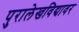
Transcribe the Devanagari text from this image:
पुरालेखविद्यावर